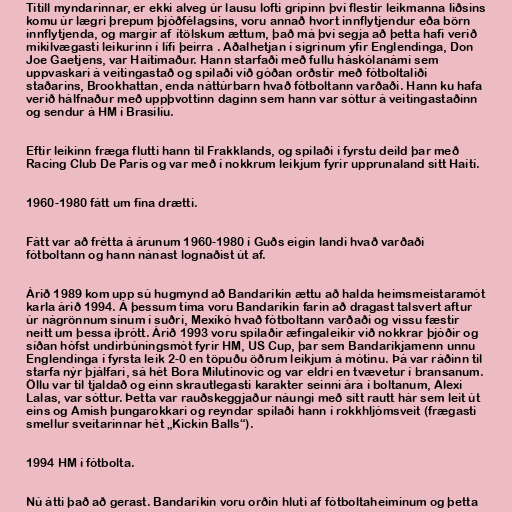
Titill myndarinnar, er ekki alveg úr lausu lofti gripinn því flestir leikmanna liðsins
komu úr lægri þrepum þjóðfélagsins, voru annað hvort innflytjendur eða börn
innflytjenda, og margir af ítölskum ættum, það má því segja að þetta hafi verið
mikilvægasti leikurinn í lífi þeirra . Aðalhetjan í sigrinum yfir Englendinga, Don
Joe Gaetjens, var Haítímaður. Hann starfaði með fullu háskólanámi sem
uppvaskari á veitingastað og spilaði við góðan orðstír með fótboltaliði
staðarins, Brookhattan, enda náttúrbarn hvað fótboltann varðaði. Hann ku hafa
verið hálfnaður með uppþvottinn daginn sem hann var sóttur á veitingastaðinn
og sendur á HM í Brasilíu.

Eftir leikinn fræga flutti hann til Frakklands, og spilaði í fyrstu deild þar með
Racing Club De Paris og var með í nokkrum leikjum fyrir upprunaland sitt Haítí.

1960-1980 fátt um fína drætti.

Fátt var að frétta á árunum 1960-1980 í Guðs eigin landi hvað varðaði
fótboltann og hann nánast lognaðist út af.

Árið 1989 kom upp sú hugmynd að Bandaríkin ættu að halda heimsmeistaramót
karla árið 1994. Á þessum tíma voru Bandaríkin farin að dragast talsvert aftur
úr nágrönnum sínum í suðri, Mexíkó hvað fótboltann varðaði og vissu fæstir
neitt um þessa íþrótt. Árið 1993 voru spilaðir æfingaleikir við nokkrar þjóðir og
síðan hófst undirbúningsmót fyrir HM, US Cup, þar sem Bandaríkjamenn unnu
Englendinga í fyrsta leik 2-0 en töpuðu öðrum leikjum á mótinu. Þá var ráðinn til
starfa nýr þjálfari, sá hét Bora Milutinovic og var eldri en tvævetur í bransanum.
Öllu var til tjaldað og einn skrautlegasti karakter seinni ára í boltanum, Alexi
Lalas, var sóttur. Þetta var rauðskeggjaður náungi með sítt rautt hár sem leit út
eins og Amish þungarokkari og reyndar spilaði hann í rokkhljómsveit (frægasti
smellur sveitarinnar hét „Kickin Balls“).

1994 HM í fótbolta.

Nú átti það að gerast. Bandaríkin voru orðin hluti af fótboltaheiminum og þetta